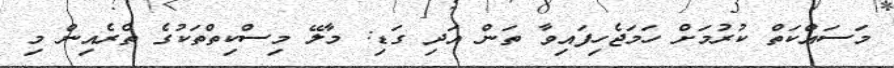
މަސައްކަތް ކުރުމަށް ހަމަޖެހިފައިވާ ތަން އަދި ގަޑި: މާލޭ މިސްކިތްތަކުގެ ތެރެއިން މި